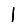
Digit: 1